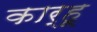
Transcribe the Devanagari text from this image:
कार्हू